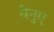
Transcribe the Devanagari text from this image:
बेनुए